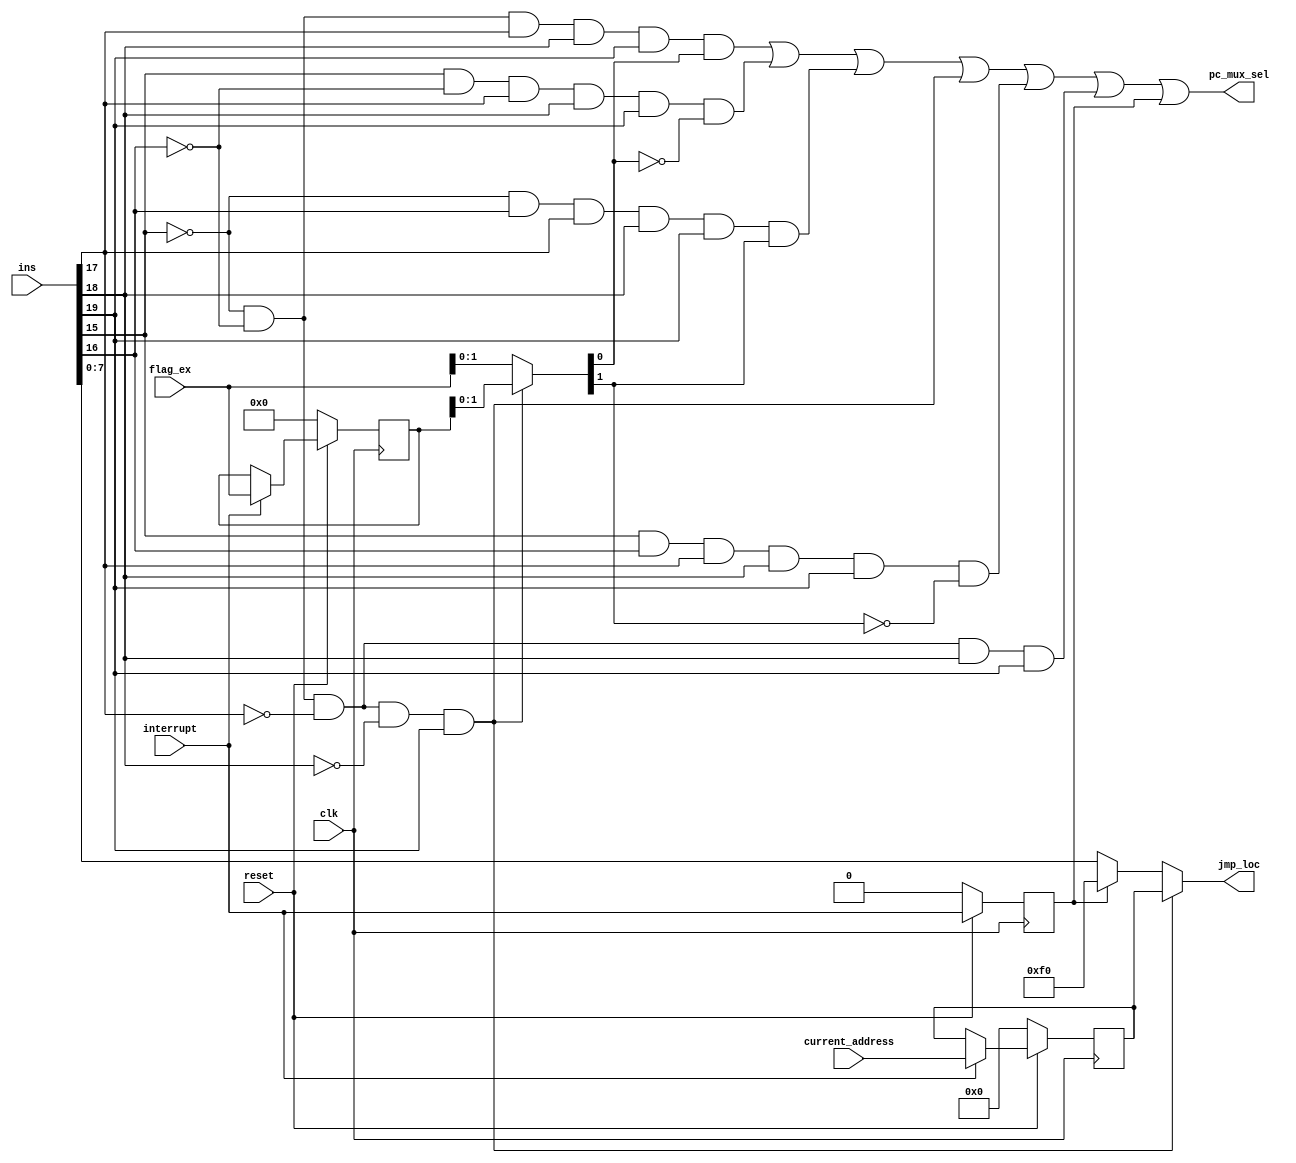
`timescale 1ns / 1ps
//////////////////////////////////////////////////////////////////////////////////
//Group no: 4
//Name : Janvi patel(201501072) , Nishi patel(201501076) , Grishma shah(201501095)
//Name of code : JumpControl_block
//Description :  To design jump control block 
//////////////////////////////////////////////////////////////////////////////////

module JumpControl_Block(pc_mux_sel,jmp_loc,ins,clk,interrupt,current_address,flag_ex,reset);

//output variable declaration
output [7:0] jmp_loc;
output pc_mux_sel;

//input variable declaration
input [19:0] ins;
input [7:0] current_address;
input [3:0] flag_ex;
input clk,reset,interrupt;

//wire declaration
wire JC,JNC,JZ,JNZ,JMP,RET,temp1,temp2,temp3,temp4;
wire [7:0]mux1,mux2;
wire [3:0]mux3,mux4;

//register declaration
reg out_reg1;
reg [7:0]out_reg2;
reg [3:0]out_reg3;

//Applying AND operations
and(JC,~ins[15],~ins[16],ins[17],ins[18],ins[19]);		//for JC AND gate
and(JNC,ins[15],~ins[16],ins[17],ins[18],ins[19]);		//for JNC AND gate
and(JZ,~ins[15],ins[16],ins[17],ins[18],ins[19]);		//for JZ AND gate
and(JNZ,ins[15],ins[16],ins[17],ins[18],ins[19]);		//for JNZ AND gate
and(JMP,~ins[15],~ins[16],~ins[17],ins[18],ins[19]);	//for JMP AND gate
and(RET,~ins[15],~ins[16],~ins[17],~ins[18],ins[19]);	//for RET AND gate
//For generating pc_mux_sel
and(temp1,JC,mux4[0]);
and(temp2,JNC,~mux4[0]);
and(temp3,JZ,mux4[1]);
and(temp4,JNZ,~mux4[1]);

//Applying OR operation for pc_mux_sel
or(pc_mux_sel,temp1,temp2,temp3,RET,temp4,JMP,out_reg1);

assign mux1=(out_reg1==1)?8'hf0:ins[7:0];
assign mux2=(interrupt==1)?current_address:out_reg2;
assign mux3=(interrupt==1)?flag_ex:out_reg3;
assign mux4=(RET==1)?out_reg3:flag_ex;
assign jmp_loc=(RET==1)?out_reg2:mux1;

always@(posedge clk) //Value will change at the positive edge of the clock
begin
	if(reset==1)	//if reset is 1 only then value will be stored/changed
   begin
		out_reg1<=interrupt; //Assigning interrupt to out_reg1
		out_reg2<=mux2;	//Assigning mux2 to out_reg2
		out_reg3<=mux3;	//Assigning mux3 to out_reg3
	end
	
	else	//if reset is 0 only then value will be zero
	begin
		out_reg1<=0;
		out_reg2<=0;
		out_reg3<=0;
	end
end
 
endmodule